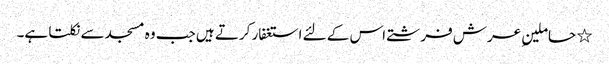
٭ حاملینِ عرش فرشتے اس کے لئے استغفار کرتے ہیں جب وہ مسجد سے نکلتا ہے۔